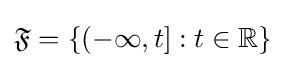
{\mathfrak {F}}=\left\{\left(-\infty ,t\right]:t\in \mathbb {R} \right\}